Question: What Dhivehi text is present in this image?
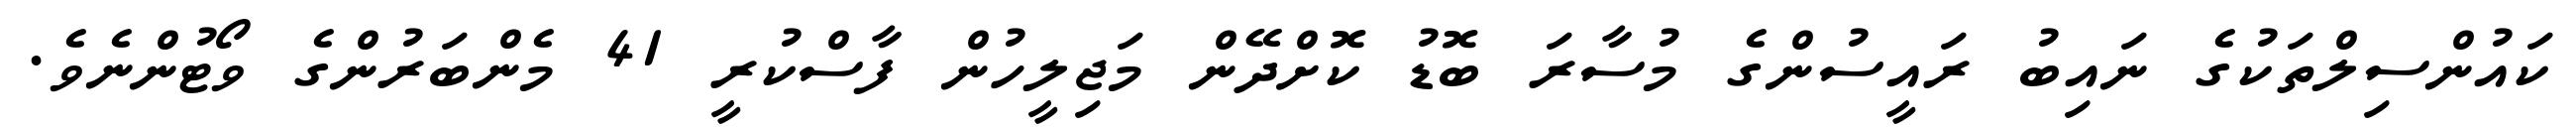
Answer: ކައުންސިލްތަކުގެ ނައިބު ރައީސުންގެ މުސާރަ ބޮޑު ކޮށްދޭން މަޖިލީހުން ފާސްކުރީ 41 މެންބަރުންގެ ވޯޓުންނެވެ.